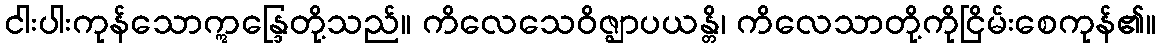
ငါးပါးကုန်သောဣန္ဒြေတို့သည်။ ကိလေသေဝိဇ္ဈာပယန္တိ၊ ကိလေသာတို့ကိုငြိမ်းစေကုန်၏။